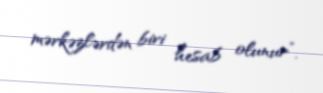
mərkəzlərdən biri hesab olunur”.